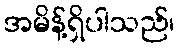
အမိန့်ရှိပါသည်၊